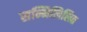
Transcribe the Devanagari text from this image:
सम्मिलिलित